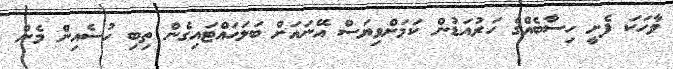
ވާހަކަ ފެށީ ހިސާބެއްގެ ހަރުއަޑުން ކަމަށްވިޔަސް އޭނައަށް ބަލަހައްޓައިގެން ތިބި ހުސެއިން މެން